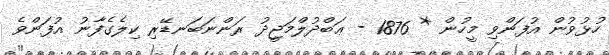
ހުޅުވުން އުފަންވި މީހުން * 1876 - ޢަބްދުލްމަޖީދު ރަންނަބަނޑޭރި ކިލެގެފާނު އުފަންވެ